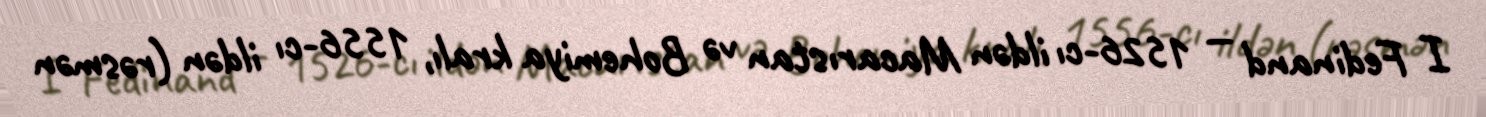
I Fedinand — 1526-cı ildən Macarıstan və Bohemiya kralı, 1556-cı ildən (rəsmən